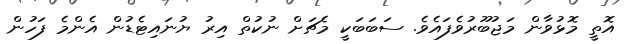
އޮތީ މޮޅުވާން މަޖުބޫރުވެފައެވެ. ސަބަބަކީ މެޗަށް ނުކުތް އިރު ޔުނައިޓެޑުން އެންމެ ފަހުން